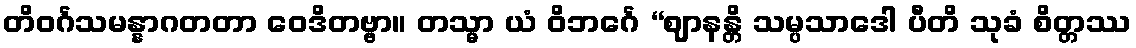
တိဝင်္ဂသမန္နာဂတတာ ဝေဒိတဗ္ဗာ။ တသ္မာ ယံ ဝိဘင်္ဂေ “ဈာနန္တိ သမ္ပသာဒေါ ပီတိ သုခံ စိတ္တဿ